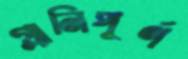
গ্লানিপূর্ণ